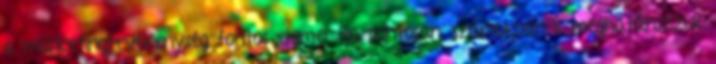
a marketingtevékenység fontos elemei. Ha pontosan, számokban is meghatározzuk